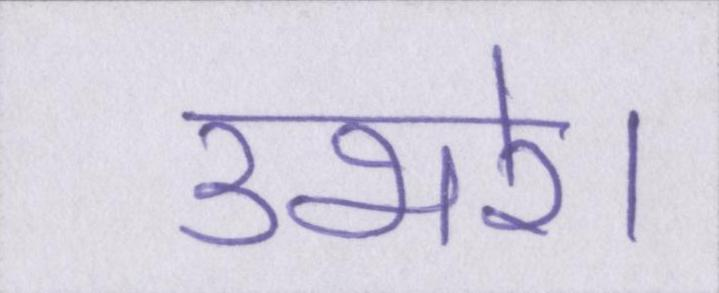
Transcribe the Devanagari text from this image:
उभरे।